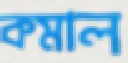
কমাল